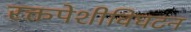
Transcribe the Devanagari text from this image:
रक्तपेशीविघटन